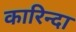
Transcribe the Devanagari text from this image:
कारिन्दा